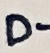
Text: D-